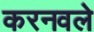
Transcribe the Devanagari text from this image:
करनवले